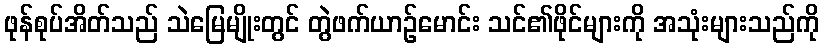
ဖုန်စုပ်အိတ်သည် သဲမြေမျိုးတွင် တွဲဖက်ယာဉ်မောင်း သင်၏ဖိုင်များကို အသုံးများသည်ကို